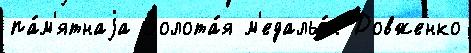
па́м'ятнаjа Золота́я м'едальо́н Довженко